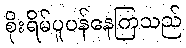
စိုးရိမ်ပူပန်နေကြသည်